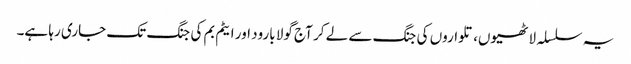
یہ سلسلہ لاٹھیوں، تلواروں کی جنگ سے لے کر آج گولا بارود اور ایٹم بم کی جنگ تک جاری رہا ہے۔